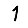
Digit: 1